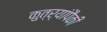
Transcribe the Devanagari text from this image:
कुत्र्यांपैकी